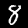
Label: 8